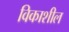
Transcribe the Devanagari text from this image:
विकाशील